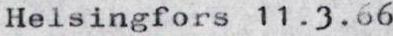
Helsingfors 11.3.66